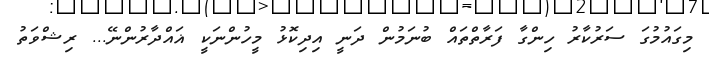
މިގައުމުގަ ސަރުކާރު ހިންގާ ފަރާތްތައް ބުނަމުން ދަނީ އިދިކޮޅު މީހުންނަކީ ޣައްދާރުންނޭ... ރިޝްވަތު